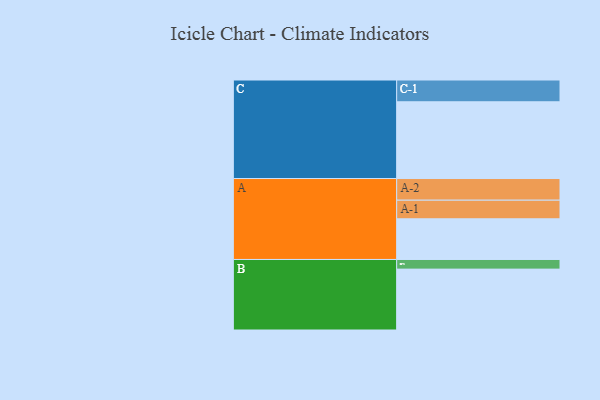
{"axis": {"x": "Segment", "y": "Value"}, "legend": ["", "A", "B", "C"], "data": [{"x": "A", "y": 308, "type": ""}, {"x": "B", "y": 461, "type": ""}, {"x": "C", "y": 581, "type": ""}, {"x": "A-1", "y": 141, "type": "A"}, {"x": "A-2", "y": 164, "type": "A"}, {"x": "B-1", "y": 73, "type": "B"}, {"x": "C-1", "y": 165, "type": "C"}]}